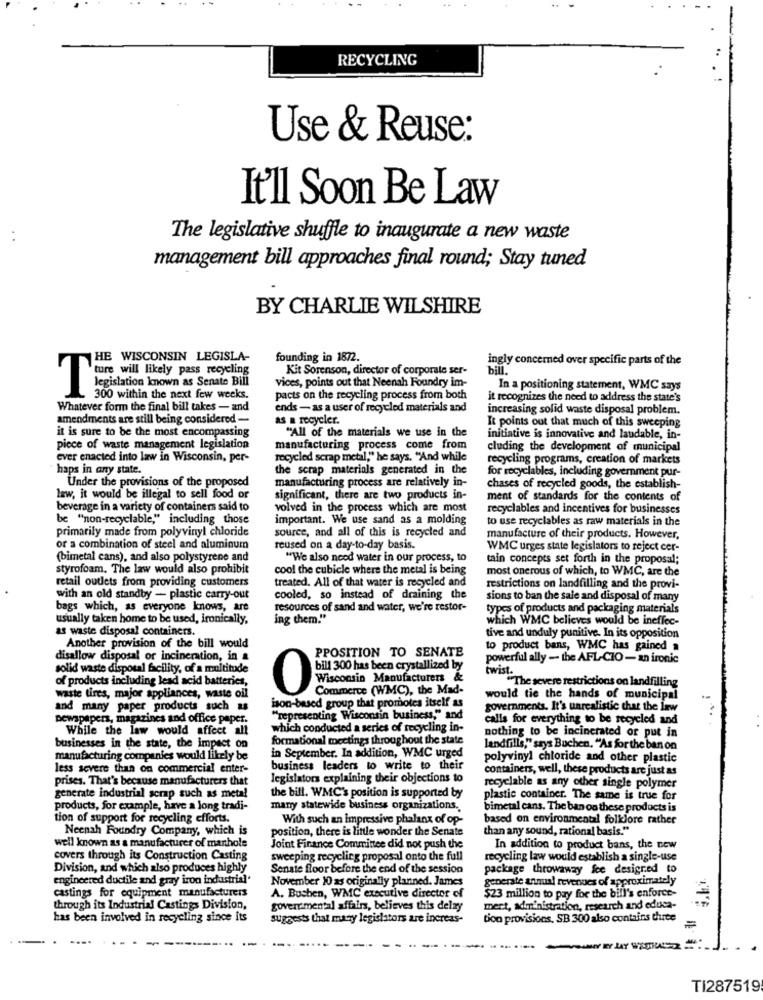
RECYCLING
Use & Reuse:
It'll Soon Be Law
The legislative shuffle to inaugurate a new waste
management bill approaches final round; Stay tuned
BY CHARLIE WILSHIRE
THE WISCONSIN LEGISLA-
founding in 1872.
ingly concerned over specific parts of the
Kit Sorenson, director of corporate ser-
bill
'ture will likely pass recycling
vices, points out that Neenah Foundry im-
In a positioning statement, WMC says
Legislation known & Senato Bill
300 within the next few weeks.
pacts on the recycling process from both
it recognizes the need to address the state's
Whatever form the final bill takes - and
ends - as a user of recycled materials and
increasing solid waste disposal problem.
amendments are still being considered -
as a recycler.
It points out that much of this sweeping
it is sure to be the most encompassing
"All of the materials we use in the
initiative is innovative and laudable, in-
piece of waste management legislation
manufacturing process come from
cluding the development of municipal
ever enacted into law in Wisconsin, per-
recycled scrap metal," he says. "And while
recycling programs, creation of markets
haps in any state.
the scrap materials generated in the
for recyclables, including government pur-
Under the provisions of the proposed
manufacturing process are relatively in-
chases of recycled goods, the establish-
law, it would be illegal to sell food or
significant, there are two products in-
ment of standards for the contents of
beverage in a variety of containers said to
volved in the process which are most
recyclables and incentives for businesses
be "non-recyclable," including those
important. We use sand as a molding
to use recyclables as raw materials in the
primarily made from polyvinyl chloride
source, and all of this is recycled and
manufacture of their products. However,
or a combination of steel and aluminum
reused on a day-to-day basis.
WMC urges state legislators to reject cer-
(bimetal cans), and also polystyrene and
"We also need water in our process, to
tain concepts set forth in the proposal;
styrofoam. The law would also prohibit
cool the cubicle where the metal is being
most onerous of which, to WMC, are the
retail outlets from providing customers
treated. All of that water is recycled and
restrictions on landfilling and the provi-
with an old standby - plastic carry-out
cooled, so instead of draining the
sions to ban the sale and disposal of many
bags which, as everyone knows, are
resources of sand and water, we're restor-
types of products and packaging materials
usually taken home to be used, ironically,
ing them."
which WMC believes would be ineffec-
as waste disposal containers.
tive and unduly punitive. In its opposition
Another provision of the bill would
PPOSITION TO SENATE
to product bans, WMC has gained a
disallow disposal or incineration, in a
powerful ally - the AFL-CIO - an ironic
solid waste disposal facility, of a multitude
bill 300 has been crystallized by
of products including lead acid batteries,
twist.
"The severe restrictions on landfilling
Commerce (WMC), the Mad-
waste tires, major appliances, waste oil
ein Manufacturem &
would tie the hands of municipal
and many paper products such as
ison-based group that promotes itself as
governments. It's unrealistic that the law
newspapers, magazines and office paper.
"representing Wisconsin business," and
calls for everything to be recycled and
While the law would affect alt
which conducted a series of recycling in-
nothing to be incinerated or put in
formational meetings throughout the state
businesses in the state, the impact on
landfills," says Buchen, "As for the ban on
manufacturing companies would likely be
in September. In addition, WMC urged
polyvinyl chloride and other plastic
less severe than on commercial enter-
business leaders to write to their
containers, well, these products are just as
prises. That's because manufacturers that
legislators explaining their objections to
recyclable as any other single polymer
generate industrial scrap such as metal
the bill. WMC's position is supported by
plastic container. The same is true for
products, for example, have a long tradi-
many statewide business organizations.
bimetal cans. The ban oo these products is
tion of support for recycling efforts.
With such an impressive phalanx of op-
based on environmental folklore rather
Neenah Foundry Company, which is
position, there is little wonder the Senate
than any sound, rational basis."
well known as a manufacturer of manhole
Joint Finance Committee did not push the
In addition to product bans, the new
covers through its Construction Casting
sweeping recycling proposal onto the full
recycling law would establish a single-use
Division, and which also produces highly
Senate floor before the end of the session
package throwaway fee designed to
engineered ductile and gray iron industrial.
November 10 as originally planned. James
generate annual revenues of approximately
castings for equipment manufacturers
A. Bushen, WMC executive director of
$23 million to pay for the bill's enforce-
through its Industrial Castings Division,
governamental affairs, believes this delay
mert, administration, research and educa-
has been involved in recycling since its
suggests that many legislators are increas-
tico provisions. SB 300 also contains Curte
TI287519